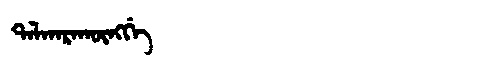
Manchu: ᡨᠠᠯᡴᠠᡵᠠᡴᡡᠩᡤᡝ
Romanization: TALKARAKŪNGGE